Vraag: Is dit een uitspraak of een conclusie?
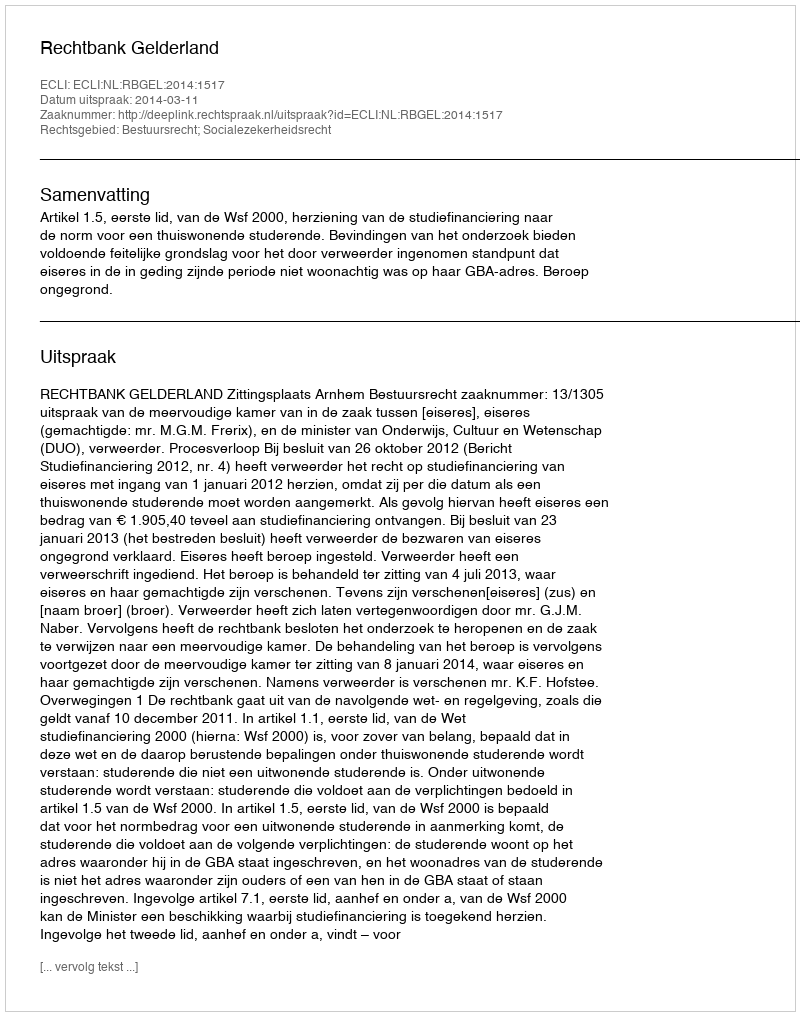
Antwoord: Uitspraak